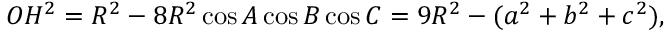
O H ^ { 2 } = R ^ { 2 } - 8 R ^ { 2 } \cos A \cos B \cos C = 9 R ^ { 2 } - ( a ^ { 2 } + b ^ { 2 } + c ^ { 2 } ) ,